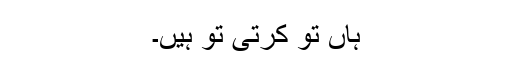
ہاں تو کرتی تو ہیں۔